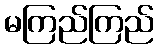
မကြည်ကြည်